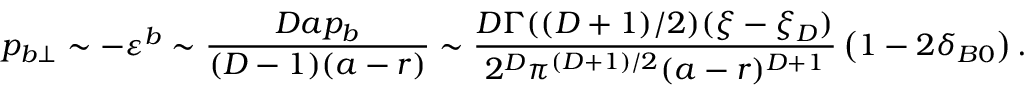
p _ { b \perp } \sim - \varepsilon ^ { b } \sim \frac { D a p _ { b } } { ( D - 1 ) ( a - r ) } \sim \frac { D \Gamma ( ( D + 1 ) / 2 ) ( \xi - \xi _ { D } ) } { 2 ^ { D } \pi ^ { ( D + 1 ) / 2 } ( a - r ) ^ { D + 1 } } \left( 1 - 2 \delta _ { B 0 } \right) .